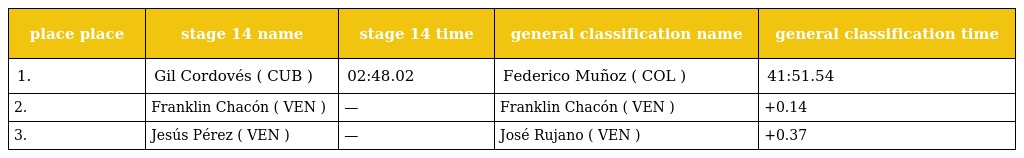
| place place | stage 14 name | stage 14 time | general classification name | general classification time |
 | --- | --- | --- | --- | --- |
 | 1. | Gil Cordovés ( CUB ) | 02:48.02 | Federico Muñoz ( COL ) | 41:51.54 |
 | 2. | Franklin Chacón ( VEN ) | — | Franklin Chacón ( VEN ) | +0.14 |
 | 3. | Jesús Pérez ( VEN ) | — | José Rujano ( VEN ) | +0.37 |